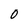
Character: O